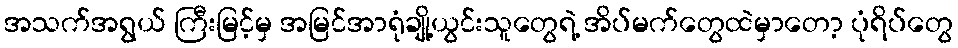
အသက်အရွယ် ကြီးမြင့်မှ အမြင်အာရုံချို့ယွင်းသူတွေရဲ့ အိပ်မက်တွေထဲမှာတော့ ပုံရိပ်တွေ